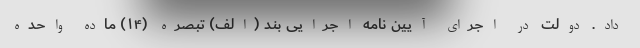
داد. دولت در اجرای آیین نامه اجرایی بند (الف) تبصره (۱۴) ماده واحده